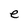
Character: e